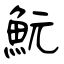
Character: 魭